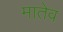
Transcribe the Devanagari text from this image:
मातेव